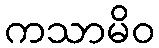
ကသာမိဝ